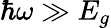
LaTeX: \hbar\omega\gg E_{g}